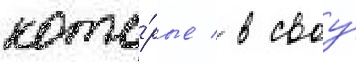
кото́рые / в своу́